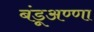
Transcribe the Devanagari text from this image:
बंडूअण्णा